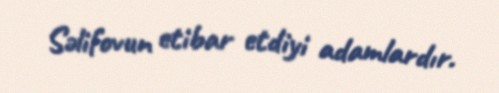
Səlifovun etibar etdiyi adamlardır.